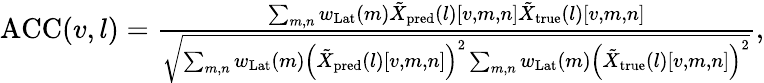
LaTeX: \begin{array}{r}{\mathrm{ACC}(v,l)=\frac{\sum_{m,n}w_{\mathrm{Lat}}(m)\tilde{{X}}_{\mathrm{pred}}(l)\left[v,m,n\right]\tilde{{X}}_{\mathrm{true}}(l)\left[v,m,n\right]}{\sqrt{\sum_{m,n}w_{\mathrm{Lat}}(m)\left(\tilde{{X}}_{\mathrm{pred}}(l)\left[v,m,n\right]\right)^{2}\sum_{m,n}w_{\mathrm{Lat}}(m)\left(\tilde{{X}}_{\mathrm{true}}(l)\left[v,m,n\right]\right)^{2}}},}\end{array}